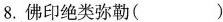
8.佛印绝类弥勒（）